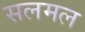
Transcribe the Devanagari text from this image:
सलमल